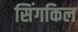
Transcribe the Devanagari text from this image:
सिंगकिल